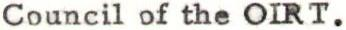
Council of the OIRT.